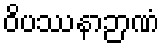
ဝိပဿနာဉာဏံ